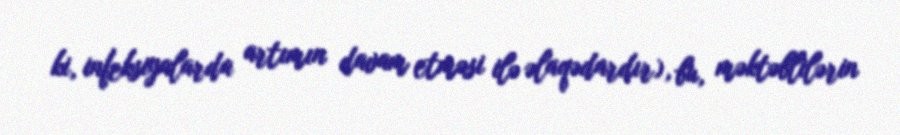
ki, infeksiyalarda artımın davam etməsi ilə əlaqədardır), bu, məktəblilərin